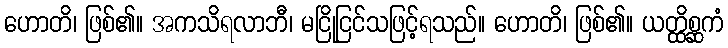
ဟောတိ၊ ဖြစ်၏။ အကသိရလာဘီ၊ မငြိုငြင်သဖြင့်ရသည်။ ဟောတိ၊ ဖြစ်၏။ ယတ္ထိစ္ဆကံ